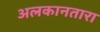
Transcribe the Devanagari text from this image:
अलकानतारा